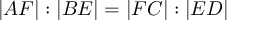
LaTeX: | A F | : | B E | = | F C | : | E D |